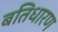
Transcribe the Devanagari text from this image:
बतिधारण